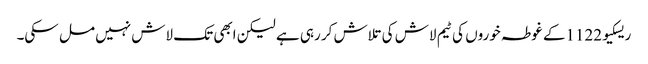
ریسکیو1122کے غوطہ خوروں کی ٹیم لاش کی تلاش کر رہی ہے لیکن ابھی تک لاش نہیں مل سکی۔